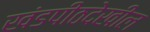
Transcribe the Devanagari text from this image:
खंडपीठदेखील